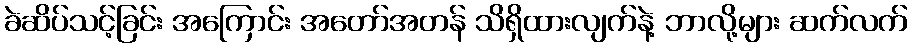
ခဲဆိပ်သင့်ခြင်း အကြောင်း အတော်အတန် သိရှိထားလျက်နဲ့ ဘာလို့များ ဆက်လက်